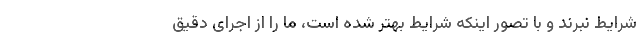
شرایط نبرند و با تصور اینکه شرایط بهتر شده است، ما را از اجرای دقیق